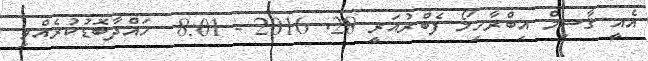
އެއީ ޤާސިމް އިބްރާހިމޯ ފެބްރުއަރީ 28